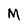
Character: M